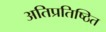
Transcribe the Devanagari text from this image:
अतिप्रतिष्ठित